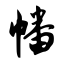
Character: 幡